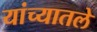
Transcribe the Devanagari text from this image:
यांच्यातले